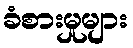
ခံစားမှုများ